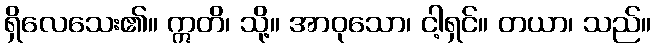
ရှိလေသေး၏။ ဣတိ၊ သို့။ အာဝုသော၊ ငါ့ရှင်။ တယာ၊ သည်။